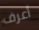
أعرف